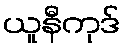
ယူနီကုဒ်